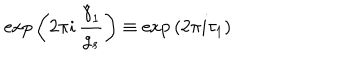
LaTeX: \mathrm { e x p } \left( 2 \pi i \, \frac { \hat { \gamma } _ { 1 } } { g _ { s } } \right) \equiv \mathrm { e x p } \left( 2 \pi i \tau _ { 1 } \right)